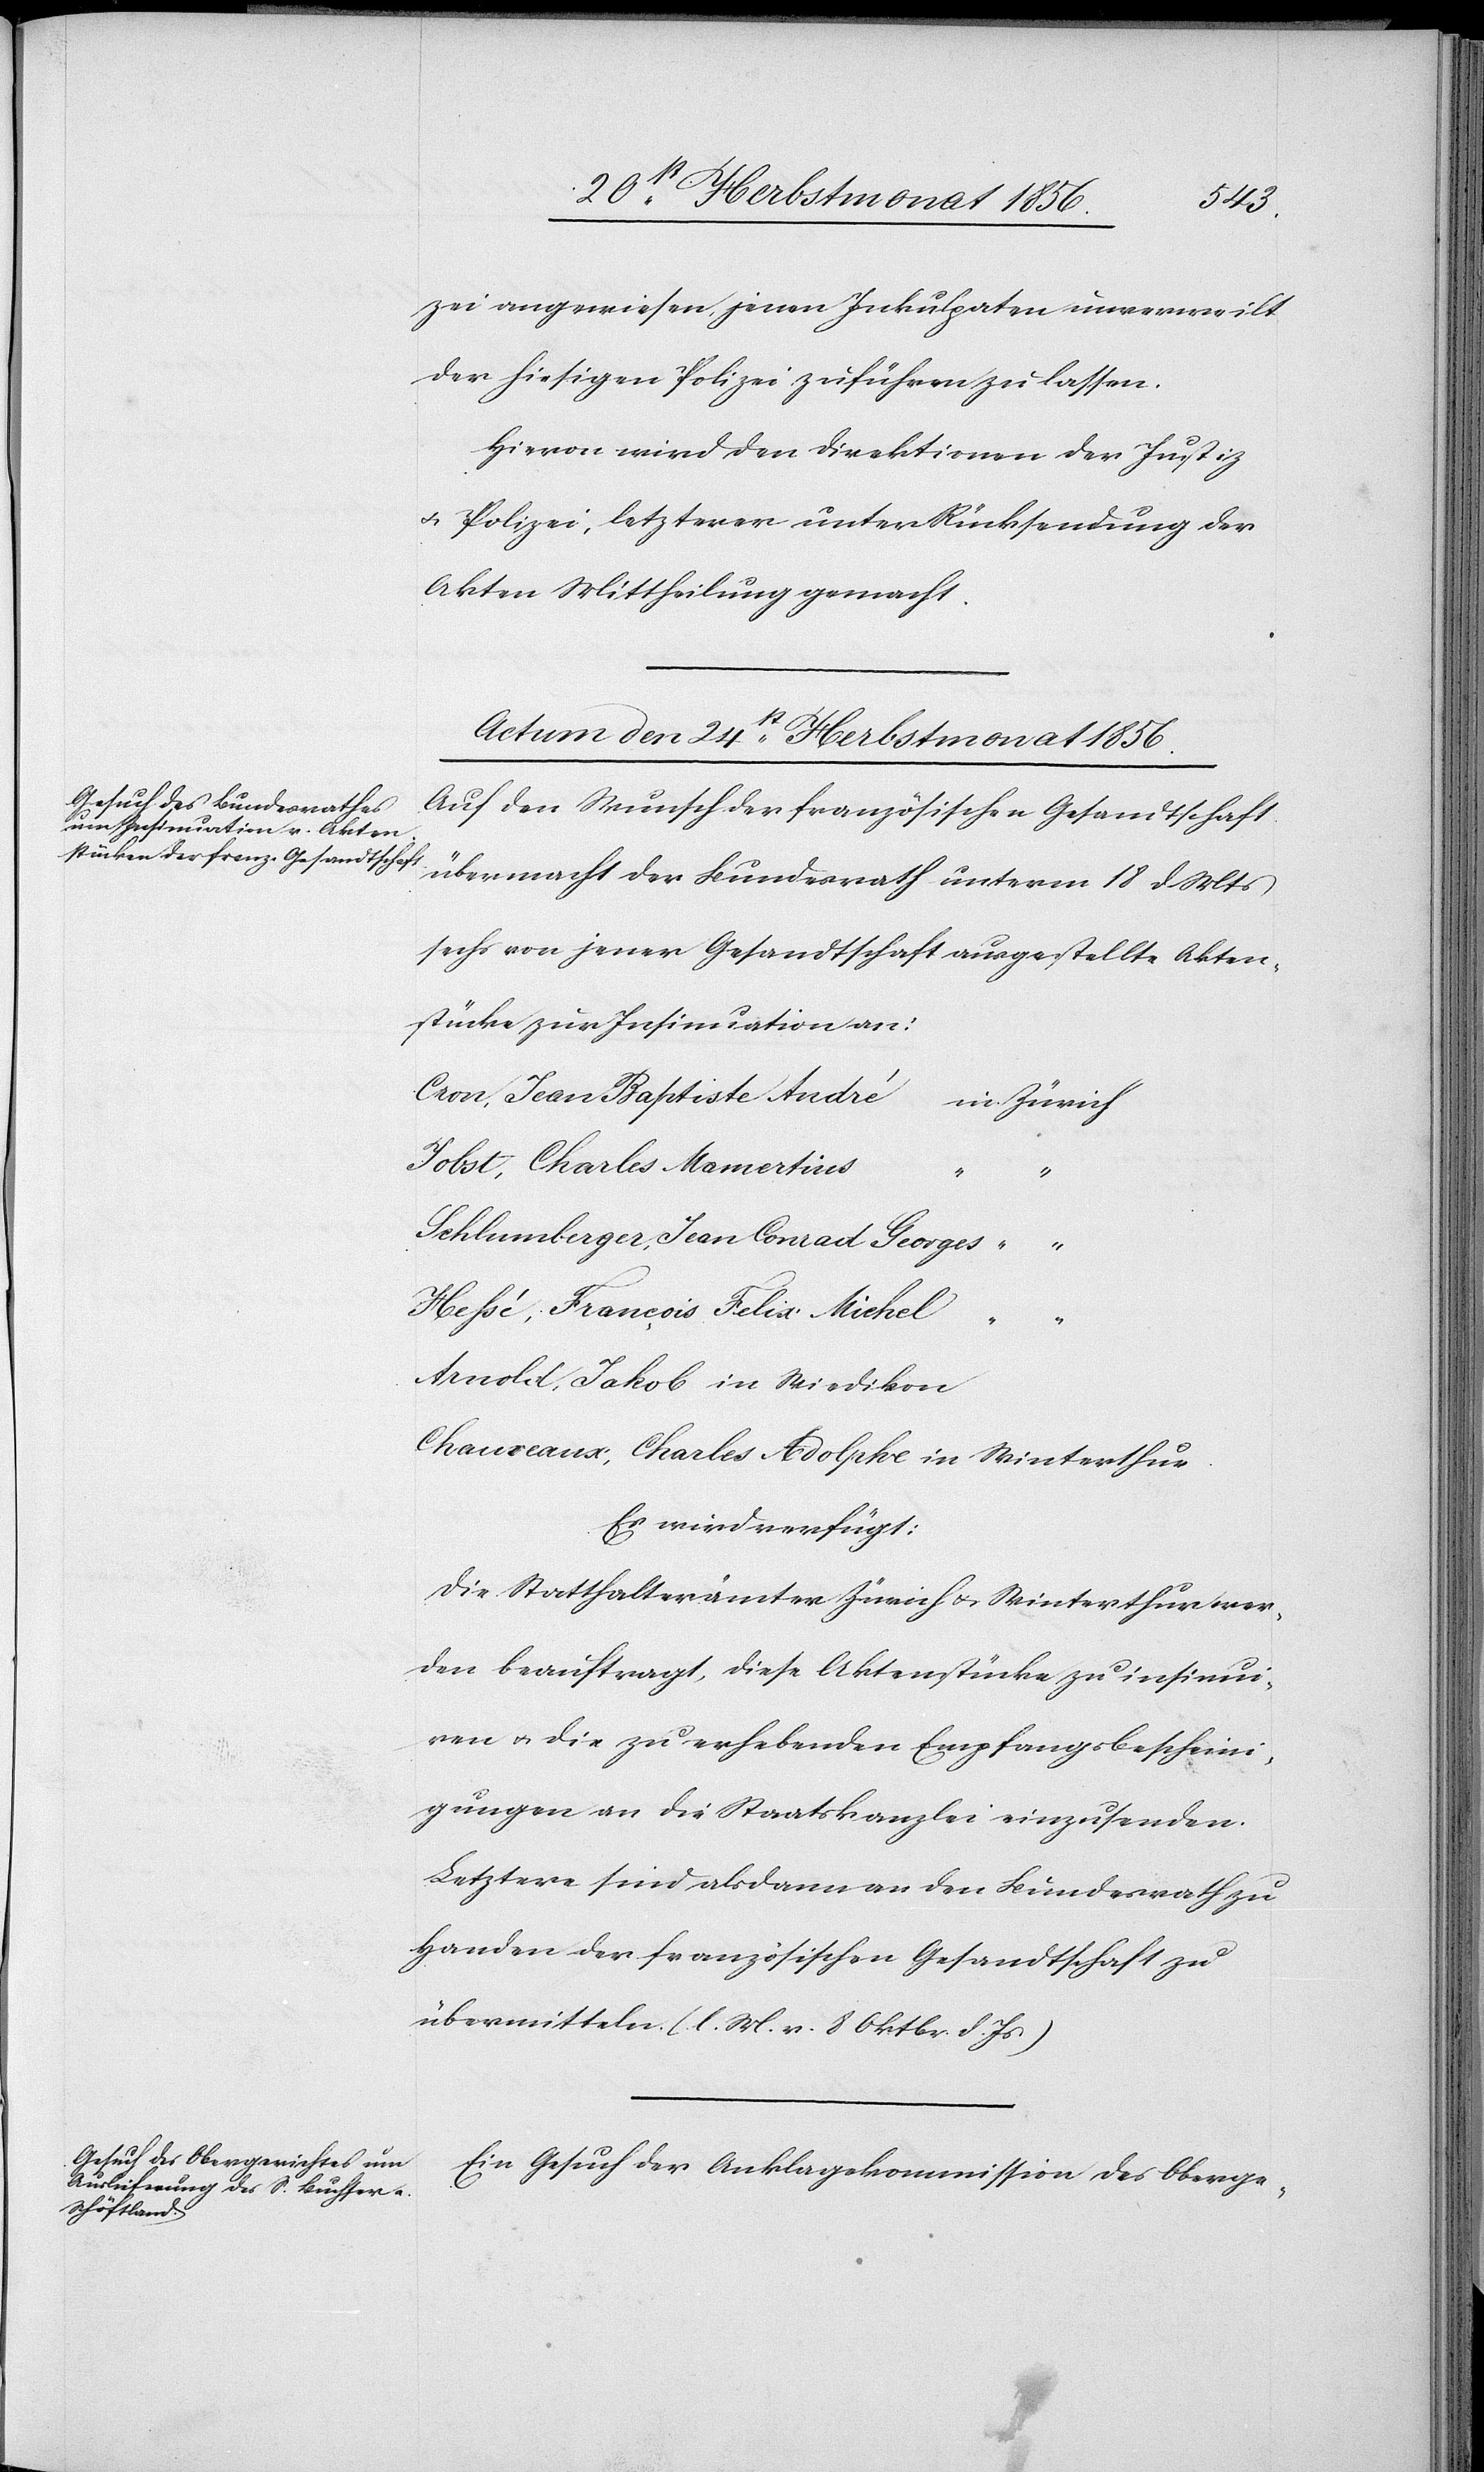
zei angewiesen jenen Inkulpaten unverweilt
der hiesigen Polizei zuführen zu lassen.
Hievon wird den Direktionen der Justiz
u. Polizei, letzterer unter Rücksendung der
Akten Mittheilung gemacht.
Actum den 24st Herbstmonat 1856.]
Auf den Wunsch der französischen Gesandtschaft
übermacht der Bundesrath unterm 18 d Mts
sechs von jener Gesandtschaft ausgestellte Akten¬
stücke zur Insinuation an:
Cron, Jean Baptiste André	in	Zürich
Jobst, Charles Mamertius
“
Schlumberger, Jean Conrad Georges
Hessé, François Felix Michel
Arnold, Jakob in Wiedikon
Chauveaux, Charles Adolphe in Winterthur.
Es wird verfügt:
Die Statthalterämter Zürich u. Winterthur wer¬
den beauftragt, diese Aktenstücke zu insinui¬
ren u. die zu erhebenden Empfangsbescheini¬
gungen an die Staatskanzlei einzusenden.
Letztere sind alsdann an den Bundesrath zu
Handen der französischen Gesandtschaft zu
übermitteln. (l. M. v. 8 Oktbr. d. Js)
Ein Gesuch der Anklagekommission des Oberge-